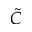
\tilde { C }